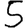
Digit: 5